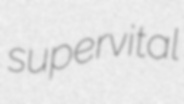
supervital